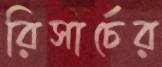
রিসার্চের